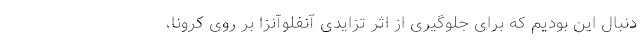
دنبال این بودیم که برای جلوگیری از اثر تزایدی آنفلوآنزا بر روی کرونا،